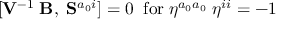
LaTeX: [ { \bf V } ^ { - 1 } \; { \bf B } , \; { \bf S } ^ { a _ { 0 } i } ] = 0 \; \; \mathrm { f o r } \; \eta ^ { a _ { 0 } a _ { 0 } } \; \eta ^ { i i } = - 1